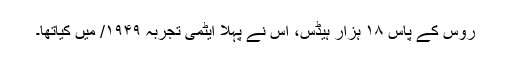
روس کے پاس ۱۸ ہزار ہیڈس، اس نے پہلا ایٹمی تجربہ ۱۹۴۹/ میں کیاتھا۔